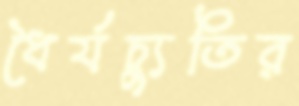
ধৈর্যচ্যুতির